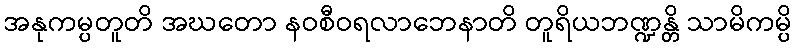
အနုကမ္ပတူတိ အဃတော နဝစီဝရလာဘေနာတိ တူရိယဘဏ္ဍန္တိ သာမိကမ္ပိ